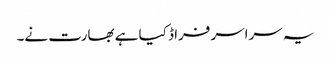
یہ سراسر فراڈ کیا ہے بھارت نے۔